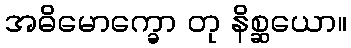
အဓိမောက္ခော တု နိစ္ဆယော။